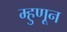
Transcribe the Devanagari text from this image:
म्हुणून